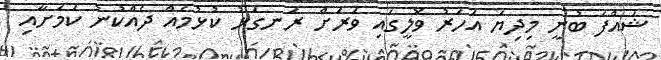
ޝައްފަ ބުނީ މިދިޔަ އަހަރު ވޮލީގައި ވަރަށް ރަނގަޅު ކުޅުމެއް ދެއްކުނު ކަމަށާއި